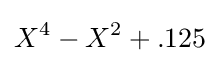
X^{4}-X^{2}+.125